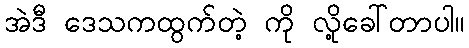
အဲဒီ ဒေသကထွက်တဲ့ ကို လို့ခေါ်တာပါ။